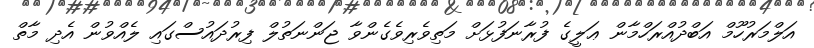
އަލްމަރުހޫމް އަބްދުއްރަހްމާން ޢަލީގެ ފުރާނަފުޅަށް މަތިވެރިވެގެންވާ ޖަންނަތުލް ފިރުދައުސްގައި ލެއްވުން އެދި މާތް